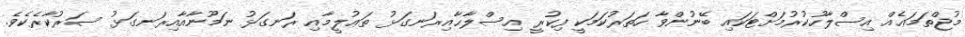
މުޖްތަމަޢެއް އިސްލާހުކުރުމަށްޓަކައި ބޭނުންވާ ހަތަރުކަމަކީ ފިކުރީ އިސްލާޙާއިރަނގަޅު ތަޢުލީމާއި ރަނގަޅު ނަމޫނާއާއިރަނގަޅު ސަރުކާރެކެވެ.